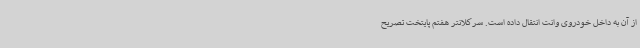
از آن به داخل خودروی وانت انتقال داده است. سرکلانتر هفتم پایتخت تصریح